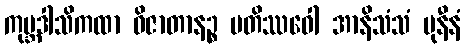
ကုမ္ဘဒါသိကထာ ဝိဇာတာနဉ္စ ပတိဿဝေါ အာနိသံသံ မုနီနံ